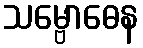
သမ္ဗောဓေန